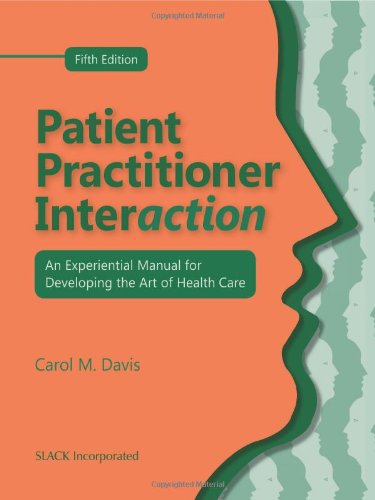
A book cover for Patient Practitioner Interaction: An Experiential Manual for Developing the Art of Health Care; Carol M. Davis DPT  EdD  FAPTA; Medical Books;